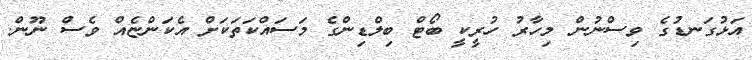
އަޅުގަނޑުގެ ވިސްނުން މިހާރު ހުރީކީ ބޯޓް ބިލްޑިންގެ މަސައްކަތަކަށް އެކަންޏެއް ވެސް ނޫން.